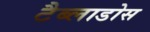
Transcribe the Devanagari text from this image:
टैब्लाडोस